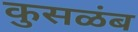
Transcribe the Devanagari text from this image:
कुसळंब